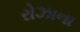
રોઝાના